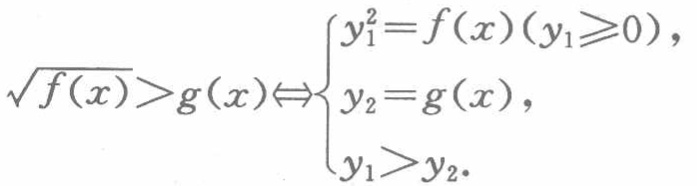
\(\sqrt{f(x)}>g(x)\Leftrightarrow
\begin{cases}
y_{1}^{2}=f(x)(y_{1}\geqslant0),\\
y_{2}=g(x),\\
y_{1}>y_{2}.
\end{cases}\)